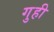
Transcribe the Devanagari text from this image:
गुही